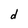
Character: d